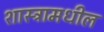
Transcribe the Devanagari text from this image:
शास्त्रामधील